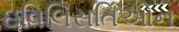
ઇવિલિસતિઓન